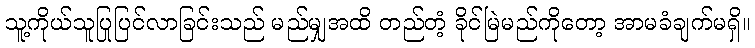
သူ့ကိုယ်သူပြုပြင်လာခြင်းသည် မည်မျှအထိ တည်တံ့ ခိုင်မြဲမည်ကိုတော့ အာမခံချက်မရှိ။